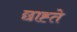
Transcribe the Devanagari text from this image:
छाह्ते